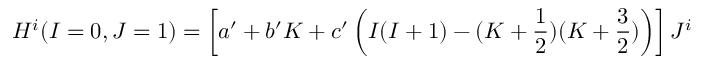
H ^ { i } ( I = 0 , J = 1 ) = \left[ a ^ { \prime } + b ^ { \prime } K + c ^ { \prime } \left( I ( I + 1 ) - ( K + \frac { 1 } { 2 } ) ( K + \frac { 3 } { 2 } ) \right) \right] J ^ { i }